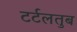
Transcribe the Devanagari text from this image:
टर्टलतुब